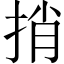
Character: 捎